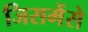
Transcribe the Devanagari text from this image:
जिसमेंसे